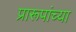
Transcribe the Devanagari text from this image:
प्रारूपांच्या